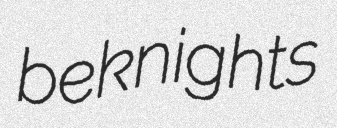
beknights